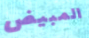
المبيض